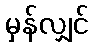
မှန်လျှင်